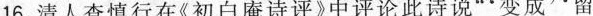
16.清人查慎行在《初白庵诗评》中评论此诗说”'变成''留